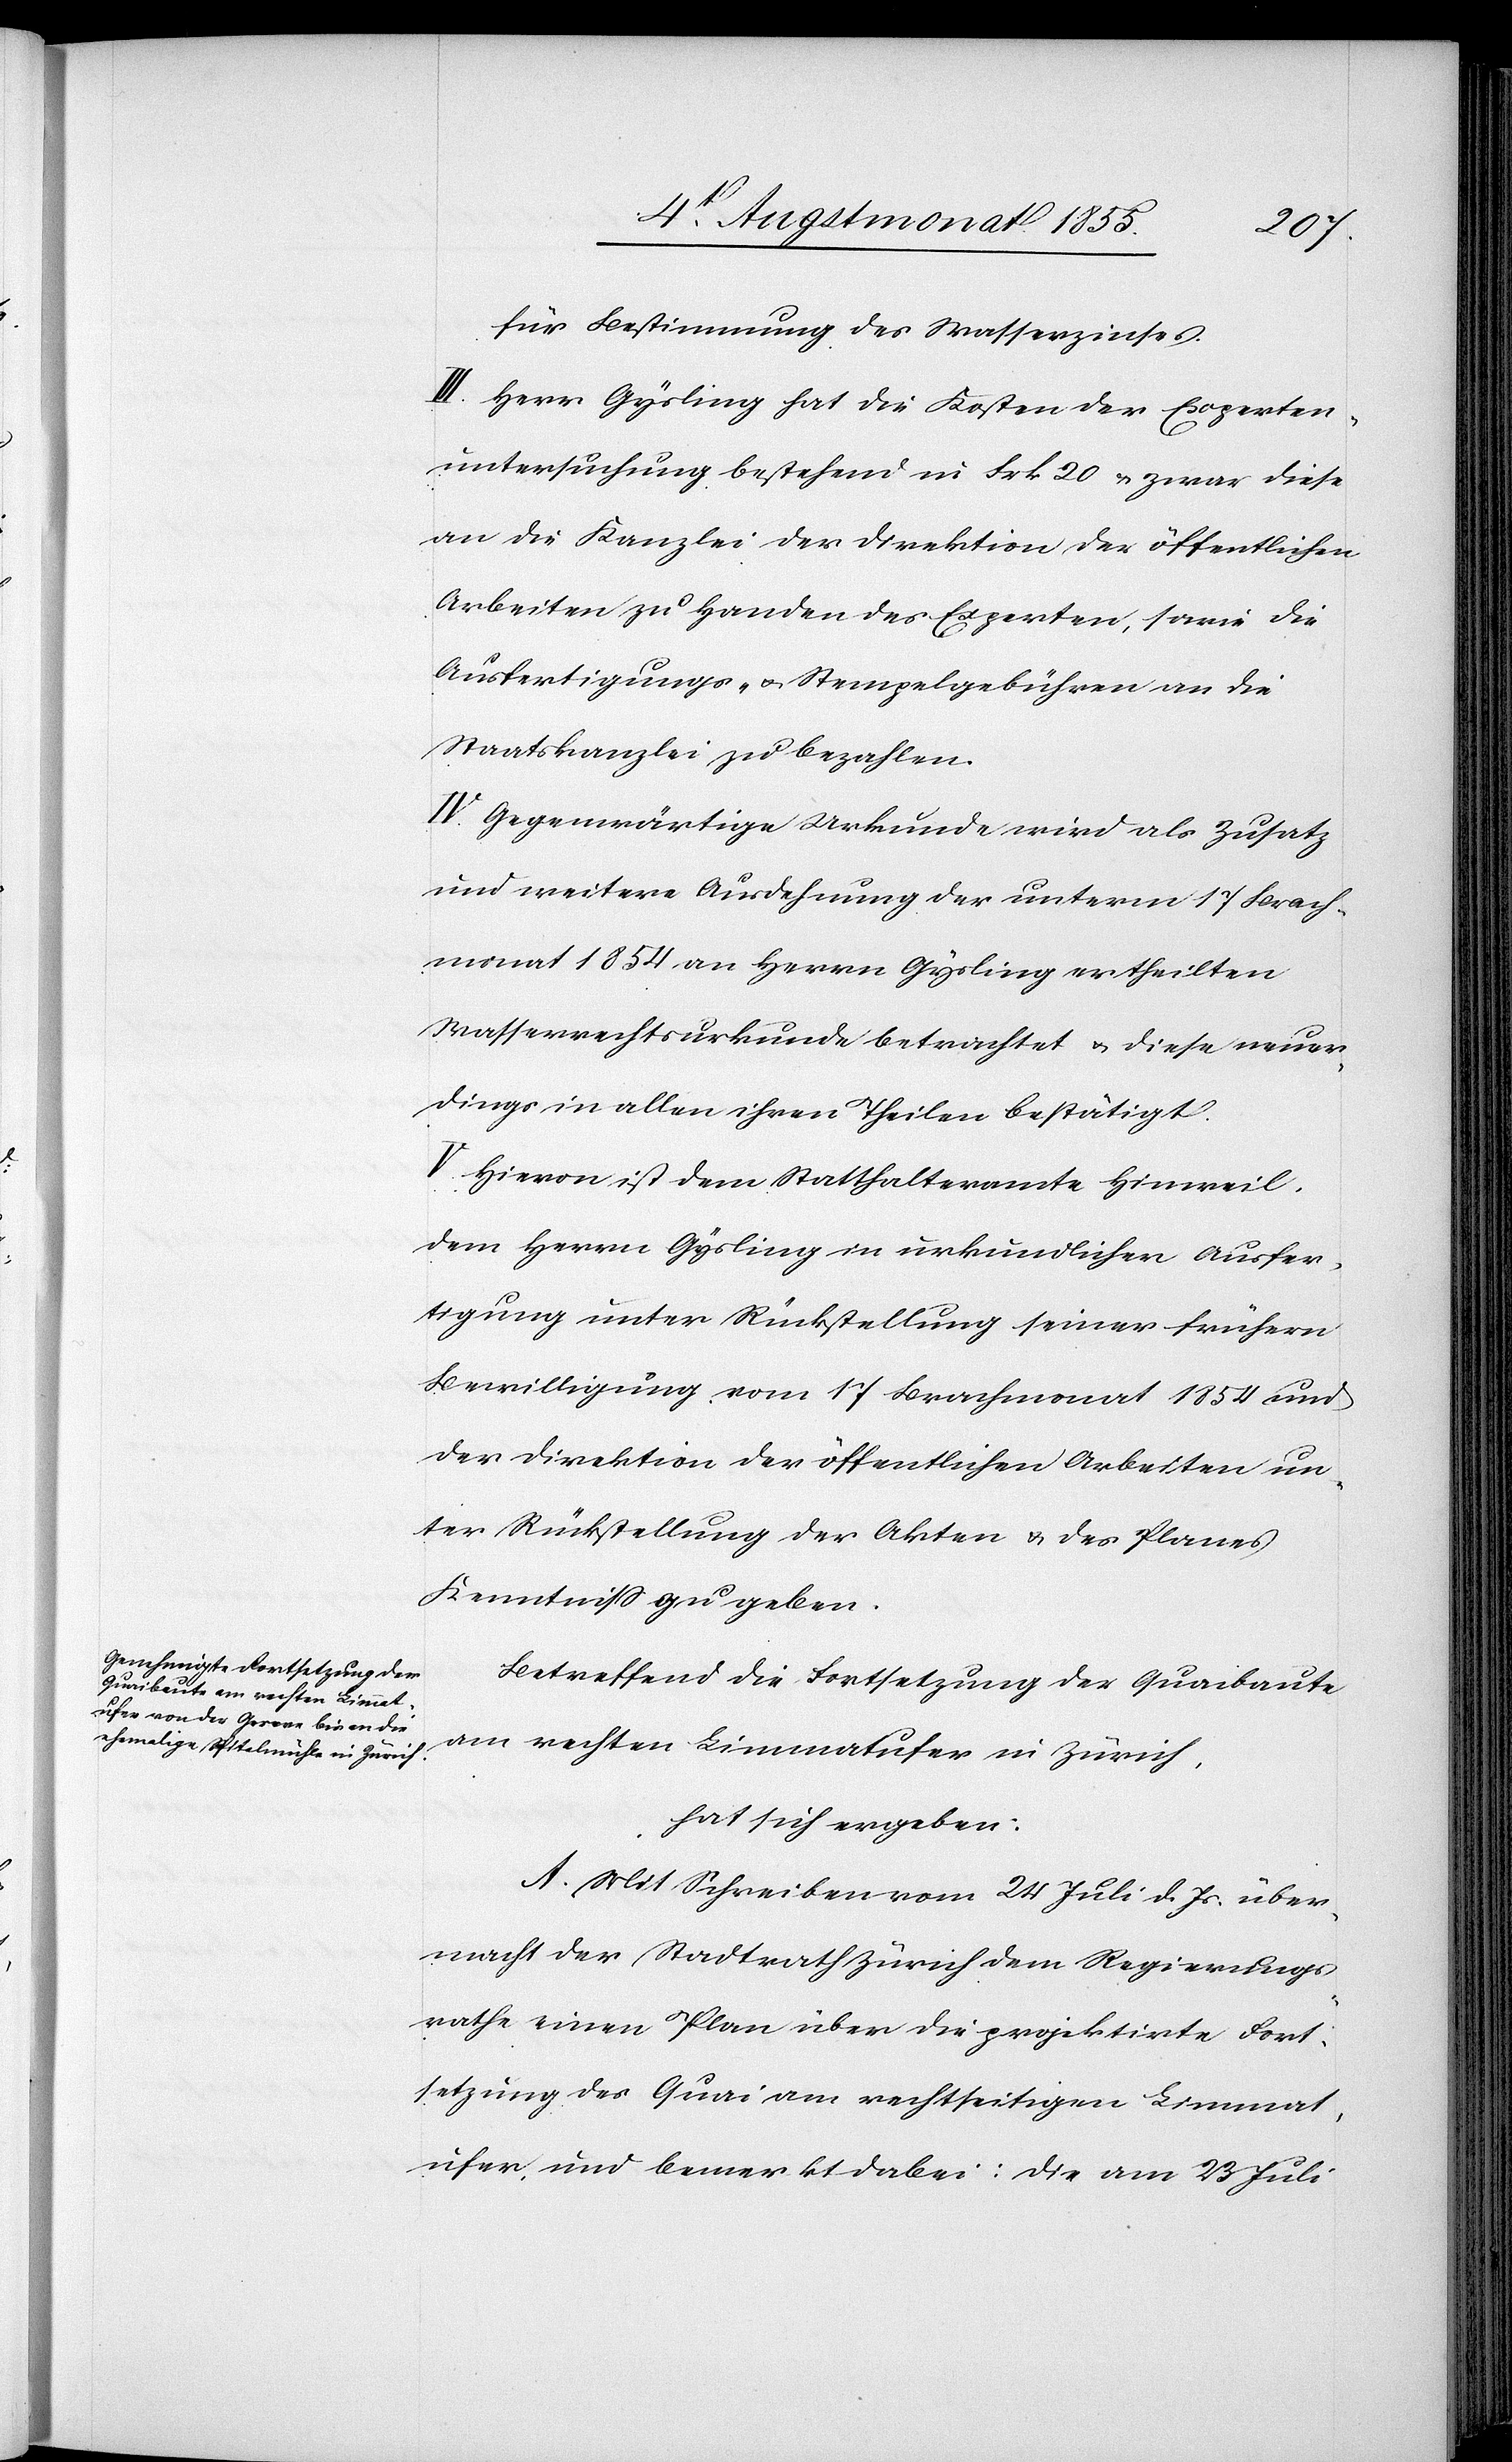
für Bestimmung des Wasserzinses.
III. Herr Gysling hat die Kosten der Experten¬
untersuchung bestehend in Frk 20 & zwar diese
an die Kanzlei der Direktion der öffentlichen
Arbeiten zu Handen des Experten, sowie die
Ausfertigungs- & Stempelgebühren an die
Staatskanzlei zu bezahlen.
IV. Gegenwärtige Urkunde wird als Zusatz
und weitere Ausdehnung der unterm 17 Brach¬
monat 1854 an Herrn Gysling ertheilten
Wasserrechtsurkunde betrachtet & diese neuer¬
dings in allen ihren Theilen bestätigt.
V. Hievon ist dem Statthalteramte Hinweil,
dem Herrn Gysling in urkundlicher Ausfer¬
tigung unter Rückstellung seiner frühern
Bewilligung vom 17 Brachmonat 1854 und
der Direktion der öffentlichen Arbeiten un¬
ter Rückstellung der Akten & des Planes
Kenntniss zu geben.
Betreffend die Fortsetzung der Quaibaute
am rechten Limmatufer in Zürich,
hat sich ergeben:
A. Mit Schreiben vom 24 Juli d. Js. über¬
macht der Stadtrath Zürich dem Regierungs¬
rathe einen Plan über die projektirte Fort¬
setzung des Quai am rechtseitigen Limmat¬
ufer, und bemerkt dabei: Die am 23 Juli